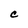
Character: C